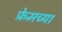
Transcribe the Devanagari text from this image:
फ्रेमच्या